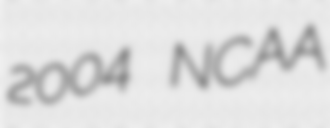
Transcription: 2004 NCAA